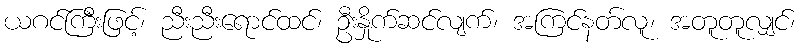
ယဂင်ကြီးဖြင့်၊ ညီးညီးရောင်ထင်၊ ဦးနှိုက်ဆင်လျက်၊ အကြင်နတ်လူ၊ အတူတူလျှင်၊